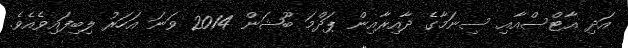
އަދި އާޓްސްއާއި ސިނަމާގެ ދާއިރާއިން ޕަދްމަ ބޫޝަން 2014 ވަނަ އަހަރު ލިބިފައިވެއެވެ.